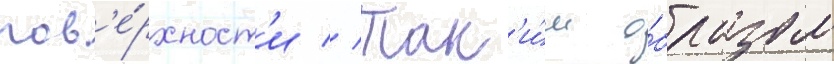
пов'е́рхност'и // Так'и́м о́бразом